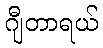
ဂျီတာရယ်